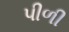
પીળી